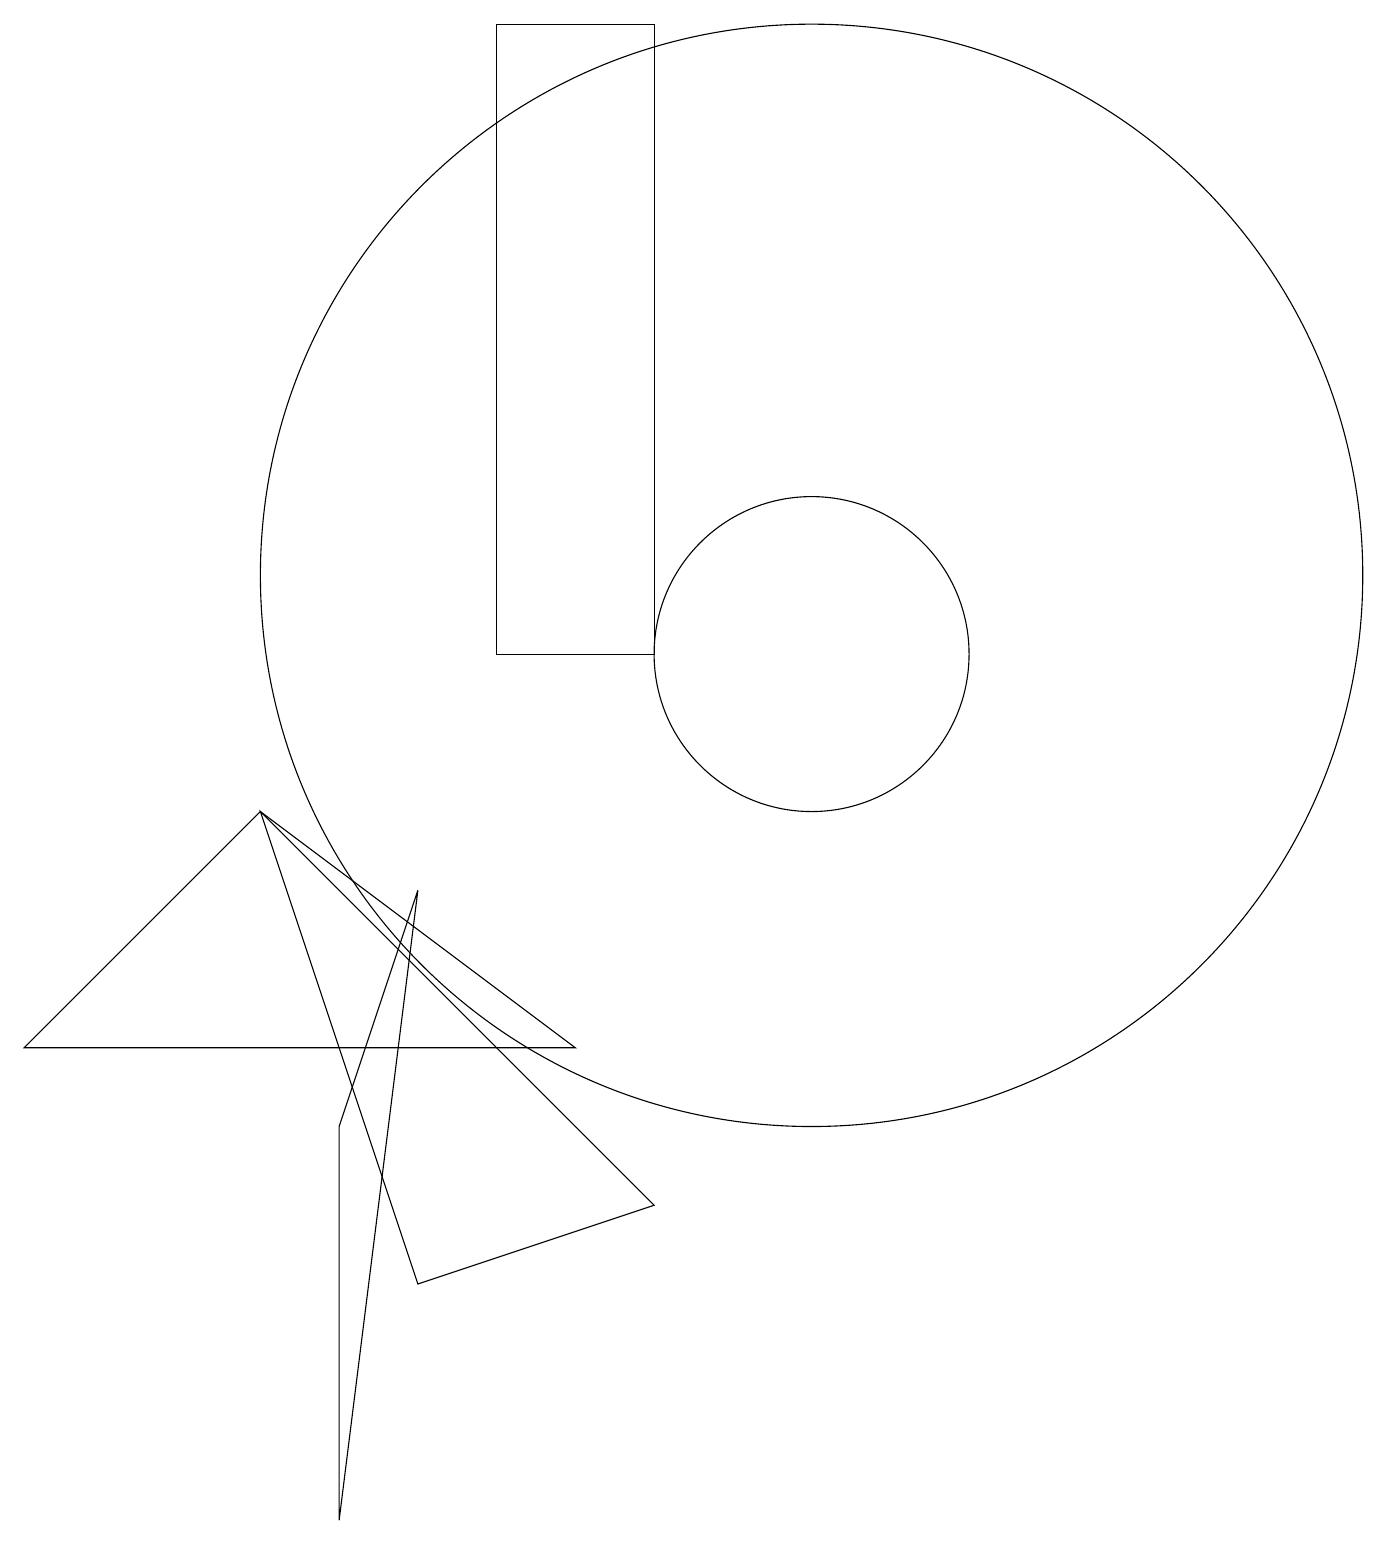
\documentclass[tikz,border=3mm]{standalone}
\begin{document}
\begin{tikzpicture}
\draw (0,6) -- (7,6) -- (3,9) -- cycle;
\draw (4,5) -- (5,8) -- (4,0) -- cycle;
\draw (10,11) circle (2);
\draw (6,19) rectangle (8,11);
\draw (10,12) circle (7);
\draw (8,4) -- (5,3) -- (3,9) -- cycle;
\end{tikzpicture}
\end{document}